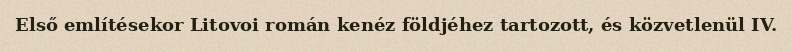
Első említésekor Litovoi román kenéz földjéhez tartozott, és közvetlenül IV.